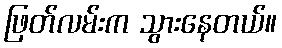
ဖြတ်လမ်းက သွားနေတယ်။